Plague in India, 1896, 1897 - Volume 3
Year: 1896
Disease focus: Plague
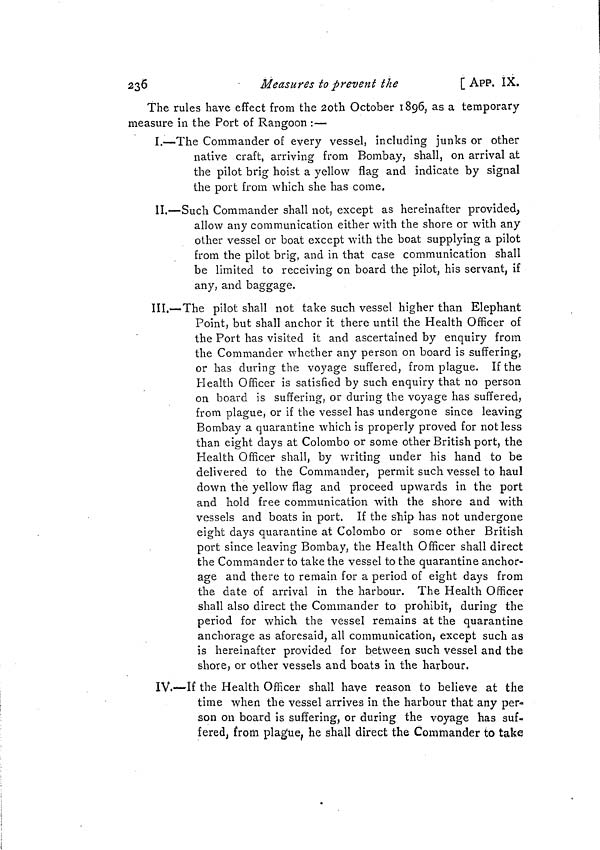
236
Measures to prevent the
[ APP. IX.
The rules have effect from the 20th October 1896, as a temporary
measure in the Port of Rangoon :—
I.—The Commander of every vessel, including junks or other
native craft, arriving from Bombay, shall, on arrival at
the pilot brig hoist a yellow flag and indicate by signal
the port from which she has come.
II.—Such Commander shall not, except as hereinafter provided,
allow any communication either with the shore or with any
other vessel or boat except with the boat supplying a pilot
from the pilot brig, and in that case communication shall
be limited to receiving on board the pilot, his servant, if
any, and baggage.
III.—The pilot shall not take such vessel higher than Elephant
Point, but shall anchor it there until the Health Officer of
the Port has visited it and ascertained by enquiry from
the Commander whether any person on board is suffering,
or has during the voyage suffered, from plague. If the
Health Officer is satisfied by such enquiry that no person
on board is suffering, or during the voyage has suffered,
from plague, or if the vessel has undergone since leaving
Bombay a quarantine which is properly proved for not less
than eight days at Colombo or some other British port, the
Health Officer shall, by writing under his hand to be
delivered to the Commander, permit such vessel to haul
down the yellow flag and proceed upwards in the port
and hold free communication with the shore and with
vessels and boats in port. If the ship has not undergone
eight days quarantine at Colombo or some other British
port since leaving Bombay, the Health Officer shall direct
the Commander to take the vessel to the quarantine anchor-
age and there to remain for a period of eight days from
the date of arrival in the harbour. The Health Officer
shall also direct the Commander to prohibit, during the
period for which the vessel remains at the quarantine
anchorage as aforesaid, all communication, except such as
is hereinafter provided for between such vessel and the
shore, or other vessels and boats in the harbour.
IV.—If the Health Officer shall have reason to believe at the
time when the vessel arrives in the harbour that any per-
son on board is suffering, or during the voyage has suf-
fered, from plague, he shall direct the Commander to take